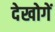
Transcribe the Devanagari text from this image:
देखोगें